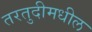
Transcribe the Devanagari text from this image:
तरतुदीमधील